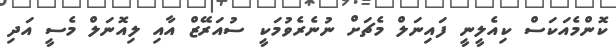
ކޮންމެއަކަސް ކިއެލީނީ ފައިނަލް މެޗަށް ނުނެރެވުމަކީ ސުއަރޭޒް އާއި ލިއޮނަލް މެސީ އަދި